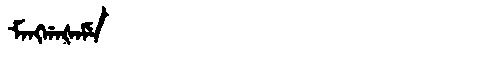
Manchu: ᠮᠠᠩᡤᠠᡧᠠᠮᡝ
Romanization: MANGGAŠAME